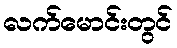
လက်မောင်းတွင်